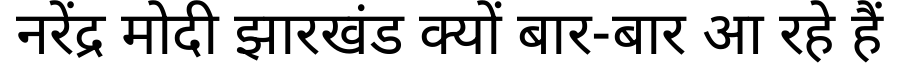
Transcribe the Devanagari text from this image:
नरेंद्र मोदी झारखंड क्यों बार-बार आ रहे हैं